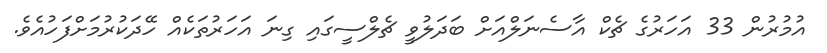
އުމުރުން 33 އަހަރުގެ ޗެކް އާސެނަލްއަށް ބަދަލުވީ ޗެލްސީގައި ގިނަ އަހަރުތަކެއް ހޭދަކުރުމަށްފަހުއެވެ.